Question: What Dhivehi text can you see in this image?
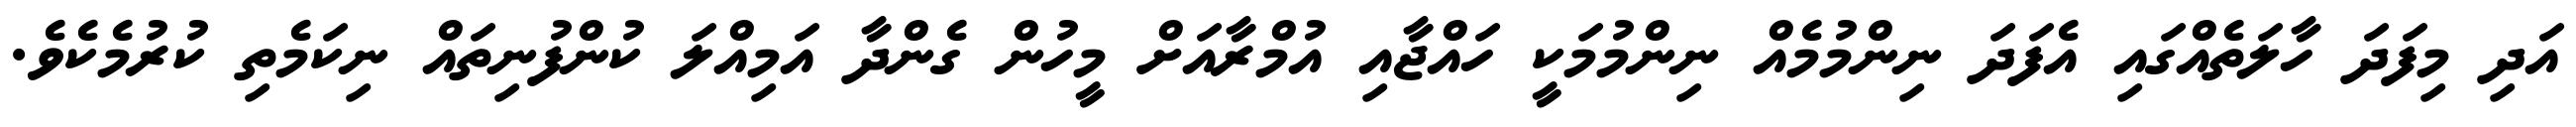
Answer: އަދި މިފަދަ ހާލަތެއްގައި އެފަދަ ނިންމުމެއް ނިންމުމަކީ ހައްޖާއި އުމްރާއަށް މީހުން ގެންދާ އަމިއްލަ ކުންފުނިތައް ނިކަމެތި ކުރުމެކެވެ.